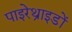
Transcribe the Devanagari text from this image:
पाइरेथ्राइडों